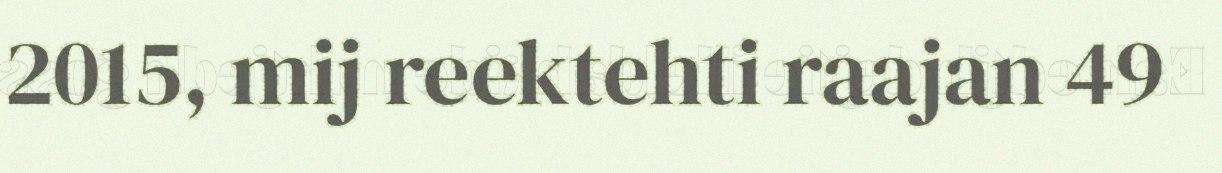
2015, mij reektehti raajan 49